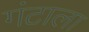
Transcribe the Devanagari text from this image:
गंटाला